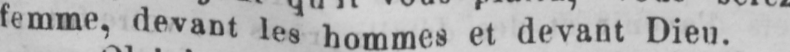
femme, devant les hommes et devant Dieu.